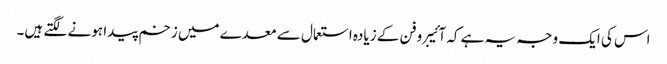
اس کی ایک وجہ یہ ہے کہ آئیبروفن کے زیادہ استعمال سے معدے میں زخم پیدا ہونے لگتے ہیں۔